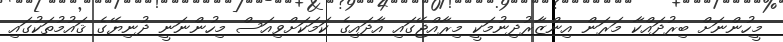
މީހުންނަށް ބިރުދައްކާ މަރަން އިންޒާރުދިނުމަކީ މިރާއްޖޭގައި އާދައިގެ ކަމަކަށްވިއަސް މިހުންނަނީ ދުނިޔޭގެ ޤައުމުތަކުގައި